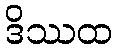
ဒိဿထ